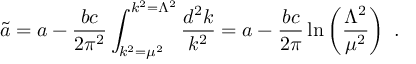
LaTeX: { \widetilde a } = a - { \frac { b c } { 2 \pi ^ { 2 } } } \int _ { k ^ { 2 } = \mu ^ { 2 } } ^ { k ^ { 2 } = \Lambda ^ { 2 } } { \frac { d ^ { 2 } k } { k ^ { 2 } } } = a - { \frac { b c } { 2 \pi } } \ln \left( { \frac { \Lambda ^ { 2 } } { \mu ^ { 2 } } } \right) ~ .